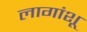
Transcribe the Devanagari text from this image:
लागांशू